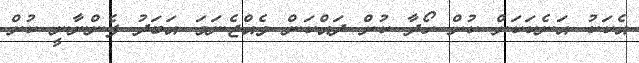
އެކަކު އަނެކަކަށް ކުށް ހޯދާ ކުށް ދައްކަން ވެއްޖެނަމަ އަބަދު ފެންނާނީ ކުށް